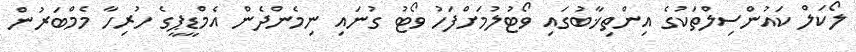
ލޯކަލް ކައުންސިލްތަކުގެ އިންތިޚާބުގައި ވޯޓުލުމަށްފަހު ވޯޓު ގުނައި ނިމެންދެން އެމްޑީޕީގެ ހުރިހާ މެމްބަރުން